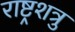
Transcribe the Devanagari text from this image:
राष्ट्रशत्रु